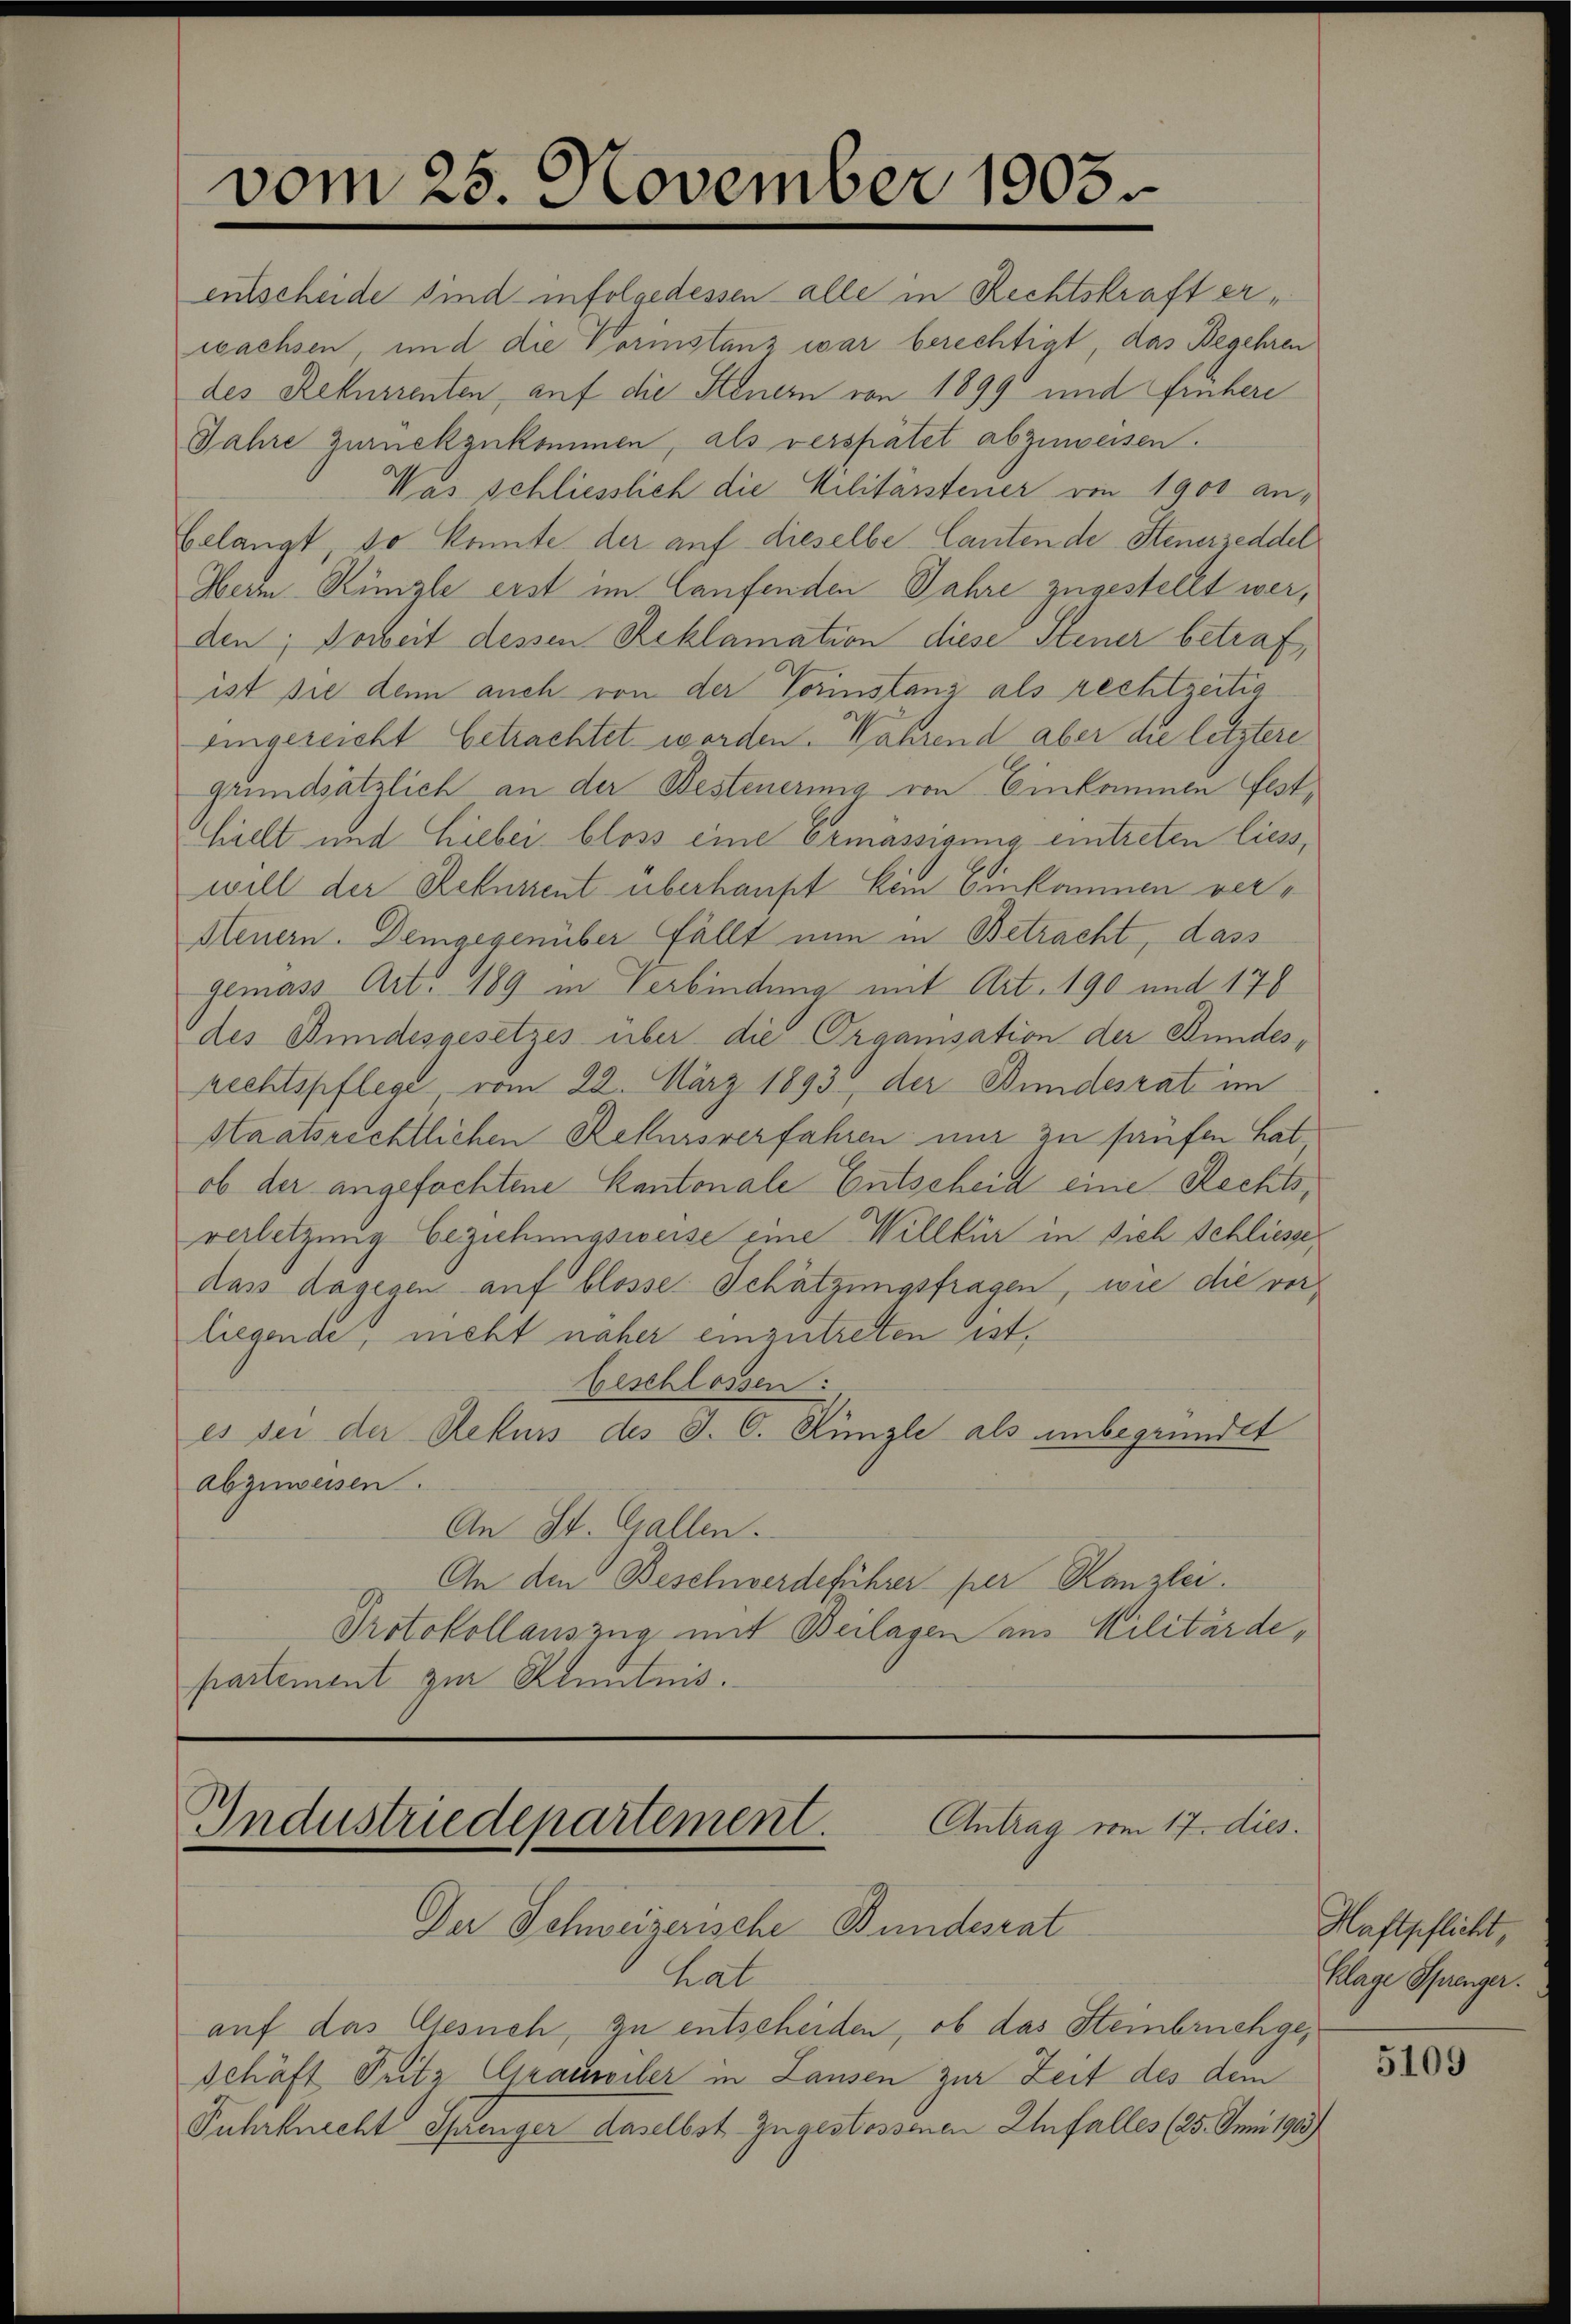
vom 25. November 1903.

entscheide sind infolredessen alle in Rechtskraft erwachsen, und die Vorinstanz war berechtigt, das Begehren
des Rekurrenten, auf die Steuern von 1899 und frühere
Jahre zurückzukommen, als verspätet abzuweisen.
Was schliesslich die Militärsteuer von 1900 an¬
Gelangt, so konnte der auf dieselbe Cautende Steuerzeddel
Herrn Rüzle erst im laufenden Jahre zugestellt werden; Doweit dessen Reklamation diese Steuer betraf,
ist sie denn auch von der Vorinstanz als rechtzeitig
eingereicht betrachtet worden. Während aber die letztere
grundsätzlich an der Besteuerung von Einkommen fest
hielt und Lieber bloss eine Ermässigung eintreten liess,
will der Sehnszent überhaupt kein Einkommen ver¬
Steuern. Demgegenüber fällt nun in Betracht, dass
gemäss Art. 189 in Verbindung mit Art. 190 und 178
des Bundesgesetzes über die Organisation der Bundesrechtspflege vom 22. März 1893, der Bundesrat im
staatsrechtlichen Rekursverfahren nur zu haufen hat
ob der angefochtene Kantonale Entscheid eine Rechtsverletzung beziehungsweise eine Willkür in sich Schliesse
dass dagegen auf blosse Schätzungsfragen, wie die vorliegende, mehr naher einzutreten ist,
beschlossen:
es sei der Rekurs des J. C. Kügle als unbegründet
abzuweisen.
An St. Gallen.
An den Beschwerdeführer per Kanzlei.
Protokollauszug mit Beilagen aus Militärde,
partement zur Kenntnis.

Industriedepartement. Antrag vom 17. dies
Der Schweizerische Bundesrat

hat
auf das Gesuch, zu entscheiden, ob das Steinbruchgeschäft Pritz Graumeiler in Lausen zur Zeit des dem
Fuhrknecht Sprenger daselbst zugestossenen Unfalles (25. Juni 1905)

Haftpflicht,
Klage Sprenger.

5109